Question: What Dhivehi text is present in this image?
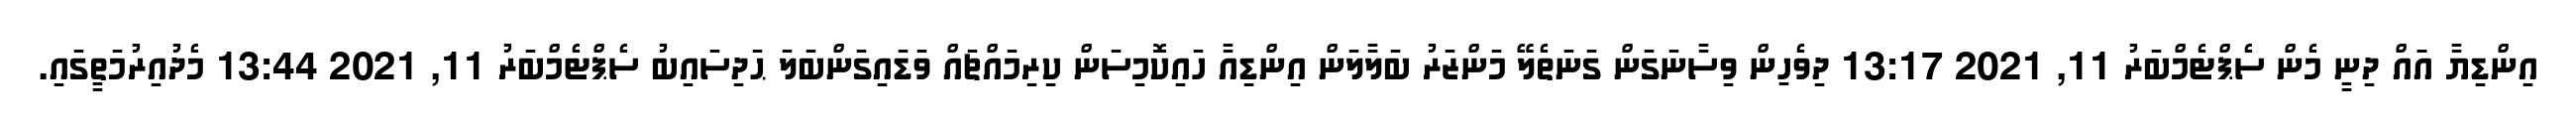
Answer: އިންޑިޔާ އަައް ދިނީ މެން ސެޕްޓެމްބަރު 11, 2021 13:17 ދިވެހިން ވިސާނަގަން ގަނަތެލޭ މަންޒަރު ބަލާލަން އިންޑިއާ ހައިކޮމިސަން ކިރިމައްޗައް ވަޑައިގަންބަލަ ޙަދިސައިބު ސެޕްޓެމްބަރު 11, 2021 13:44 މެދުއިރުމަތީގައި.